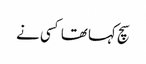
سچ کہا تھا کسی نے